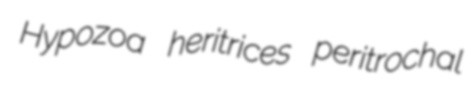
Hypozoa heritrices peritrochal